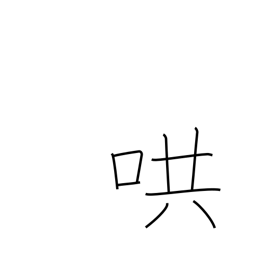
Meaning: reverberate